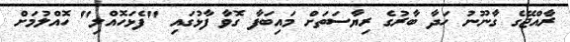
ރާއްޖޭގެ ގާނޫނު ހަދާ ބާރުގެ ރިޔާސަތަށް މައިބަފާ ގޮވާ ފާޅުގައި "ފެޅަހޮއްލި" ހޮއްލުމަށް